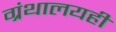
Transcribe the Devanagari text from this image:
ग्रंथालयही